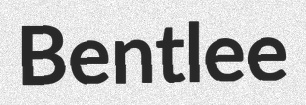
Bentlee